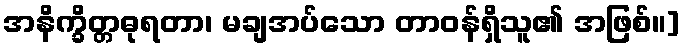
အနိက္ခိတ္တဓုရတာ၊ မချအပ်သော တာဝန်ရှိသူ၏ အဖြစ်။]